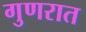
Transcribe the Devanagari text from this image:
गुणरात